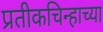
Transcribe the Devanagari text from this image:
प्रतीकचिन्हाच्या